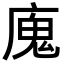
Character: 廆